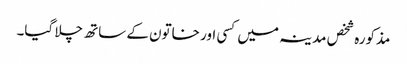
مذکورہ شخص مدینہ میں کسی اور خاتون کے ساتھ چلا گیا۔